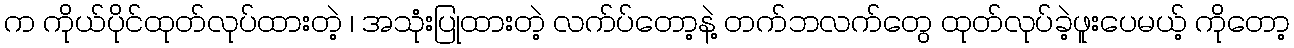
က ကိုယ်ပိုင်ထုတ်လုပ်ထားတဲ့ ၊ အသုံးပြုထားတဲ့ လက်ပ်တော့နဲ့ တက်ဘလက်တွေ ထုတ်လုပ်ခဲ့ဖူးပေမယ့် ကိုတော့